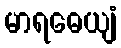
မာရဓေယျံ